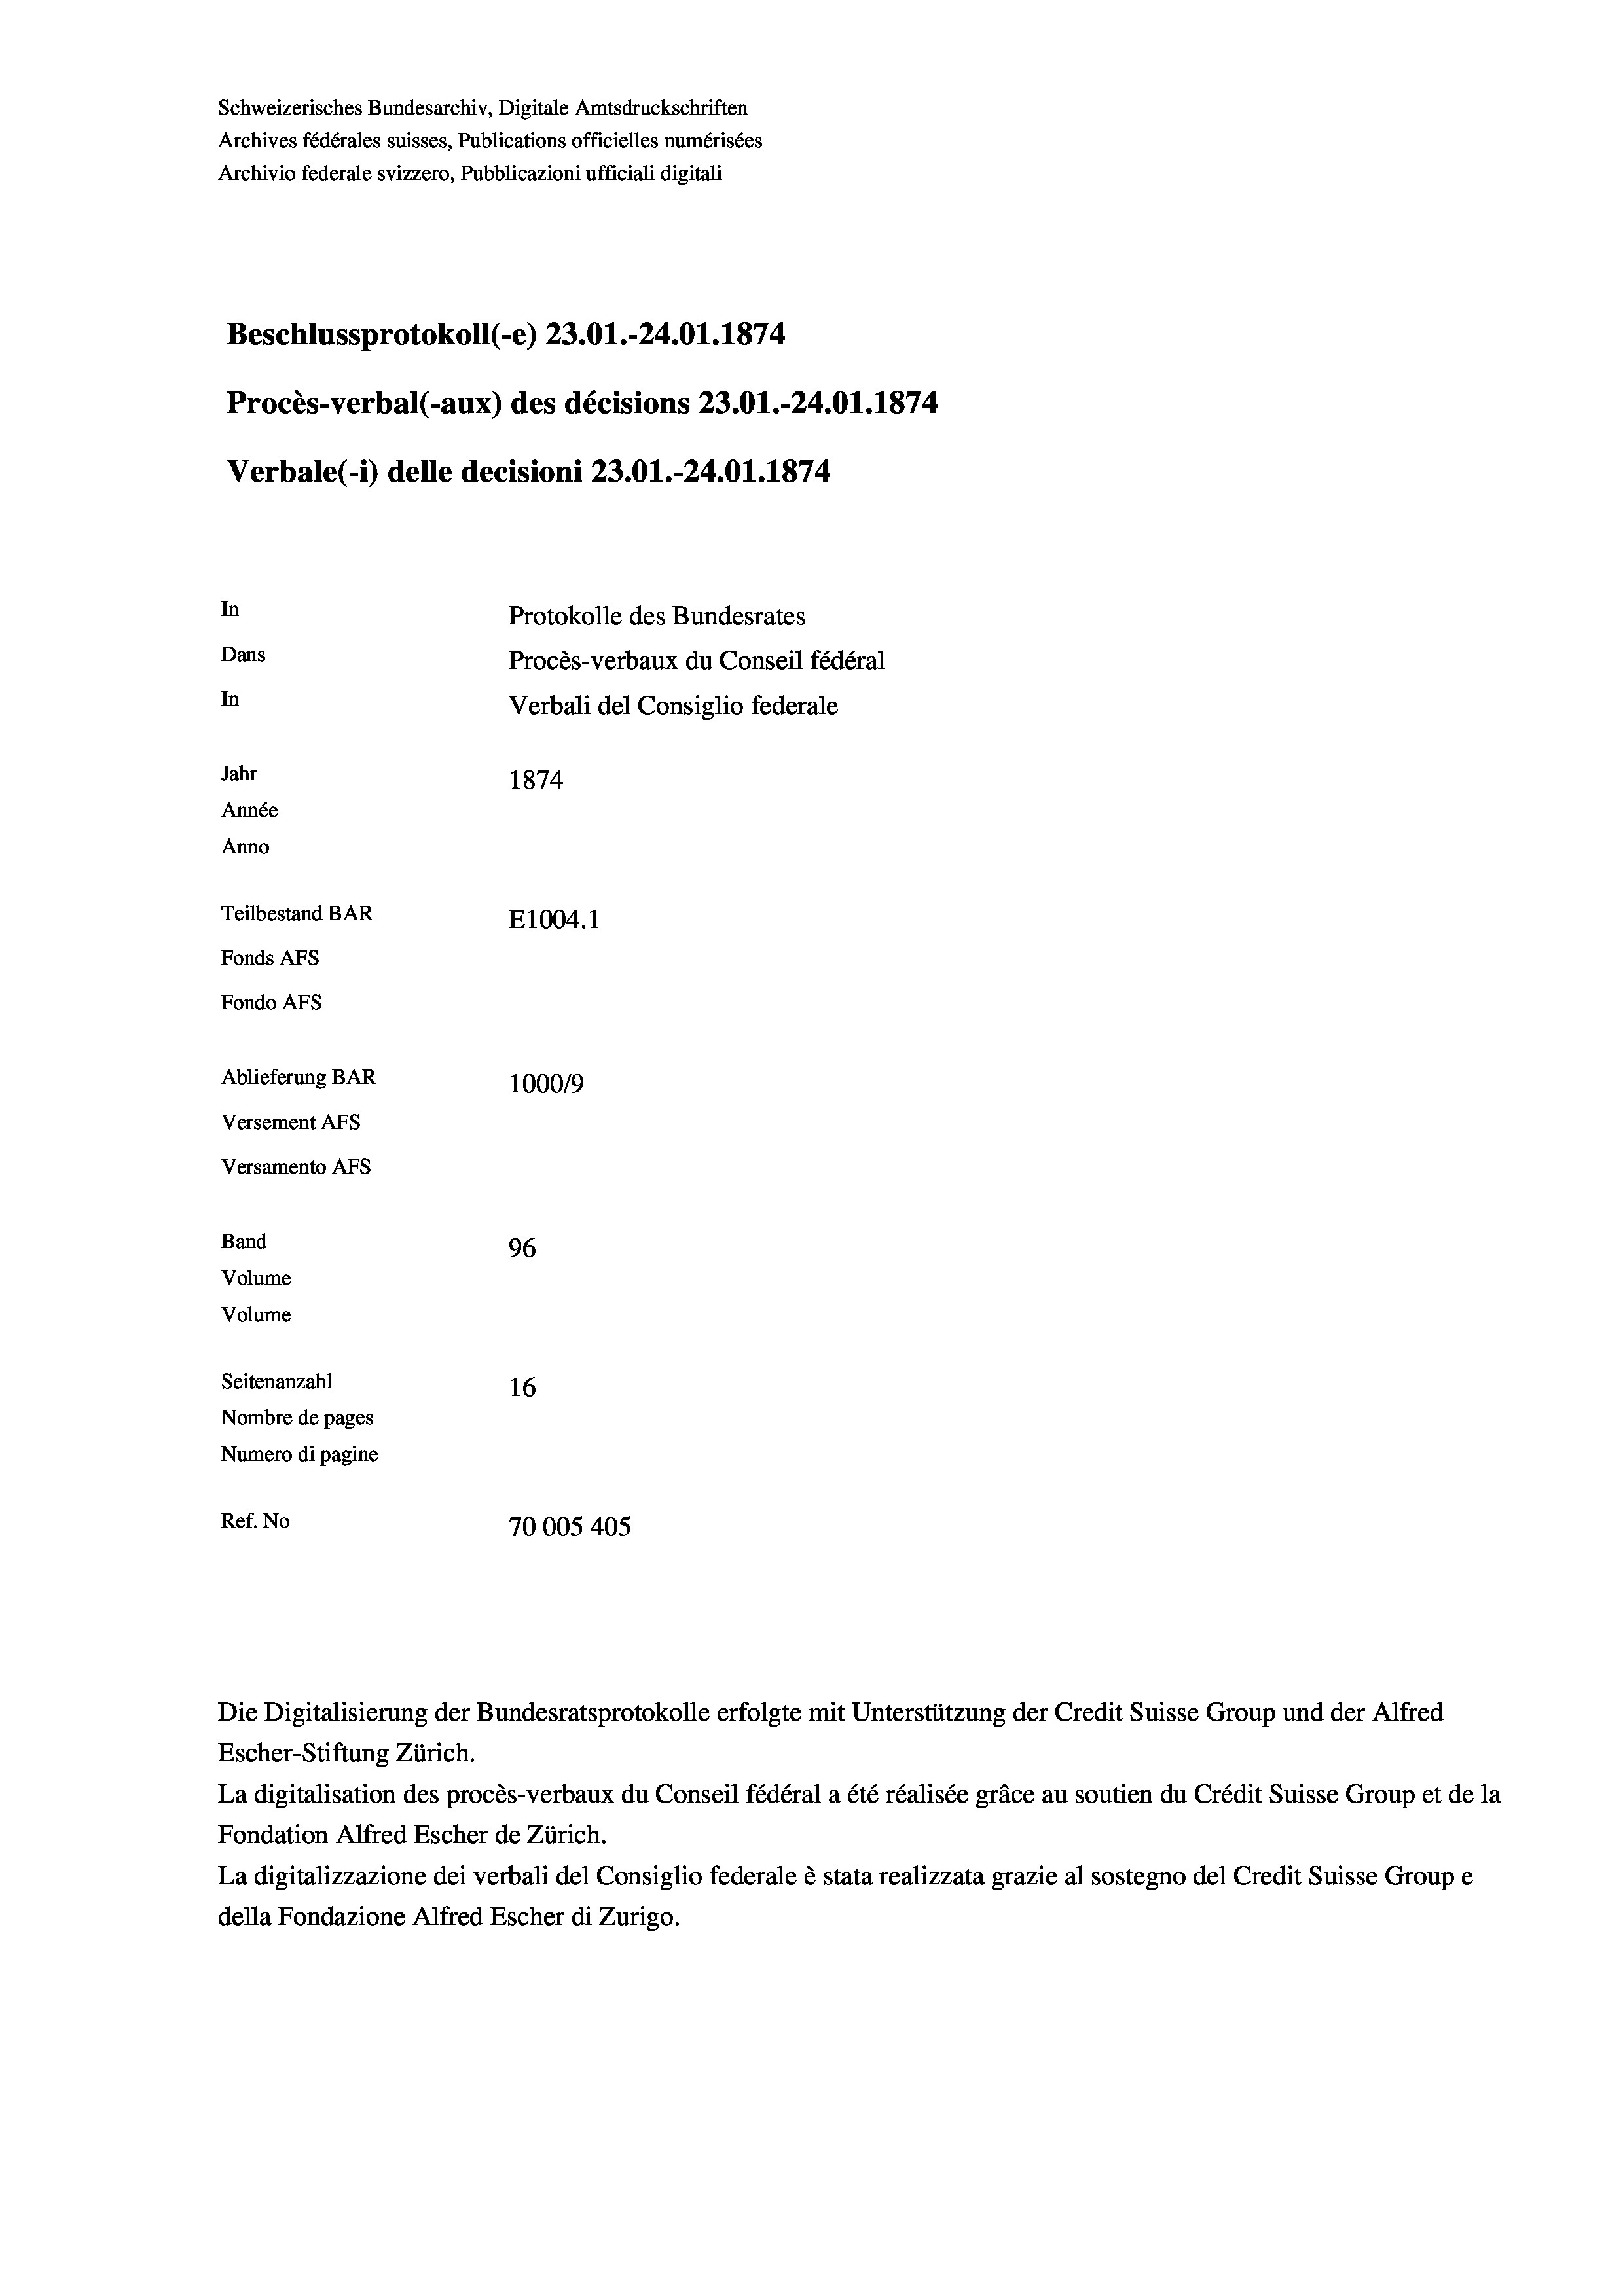
Schweizerisches Bundesarchiv, Digitale Amtsdruckschriften
Archives fédérales suisses, Publications officielles numérisées
Archivio federale svizzero, Pubblicazioni ufficiali digitali
Beschlussprotokoll (-e) 23.01.-24.01. 1874
Procès-verbal (-aux) des décisions 23.01.-24.01. 1874.
Verbale (1) delle decisioni 23.01.-24.01. 1874.
In
Protokolle des Bundesrates
Dans
Procès-verbaux du Conseil fédéral
In
Verbali del Consiglio federale
Jahr
1874
Année
Anno
Teilbestand BAR
E1004. 1
Fonds AFs
Fondo Afs
Ablieferung BAR
100019
Versement Ans
Versamento Afs
Band
96
Volume
Volume
Seitenanzahl
16
Nombre de pages
Numero di pagine
Ref. No
70005 405

La digitalisation des procès-verbaux du Conseil fédéral a été réalisée gräce au soutien du Crédit Suisse Group et de la
Fondation Alfred Escher de Zürich.
La digitalizzazione dei verbali del Consiglio federale è stata realizzata grazie al sostegno del Credit Suisse Groupe
della Fondazione Alfred Escher di Zurigo.

Die Digitalisierung der Bundesratsprotokolle erfolgte mit Unterstützung der Credit Suisse Group und der Alfred
Escher-Stiftung Zürich.